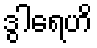
ဒွါရေဟိ